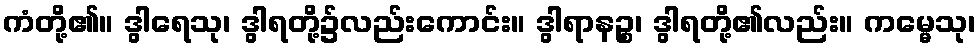
ကံတို့၏။ ဒွါရေသု၊ ဒွါရတို့၌လည်းကောင်း။ ဒွါရာနဉ္စ၊ ဒွါရတို့၏လည်း။ ကမ္မေသု၊